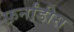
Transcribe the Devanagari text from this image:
फ़र्नांडीस